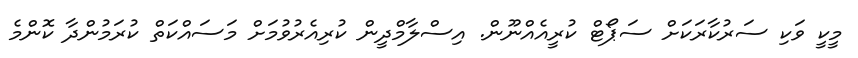
މީކީ ވަކި ސަރުކާރަކަށް ސަޕޯޓް ކުރީއެއްނޫން. އިސްލާމްދީން ކުރިއެރުވުމަށް މަސައްކަތް ކުރަމުންދާ ކޮންމެ